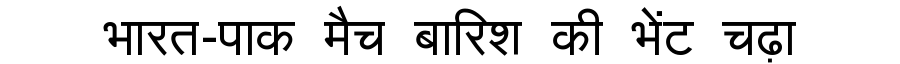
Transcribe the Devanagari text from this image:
भारत-पाक मैच बारिश की भेंट चढ़ा